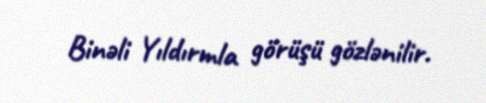
Binəli Yıldırmla görüşü gözlənilir.